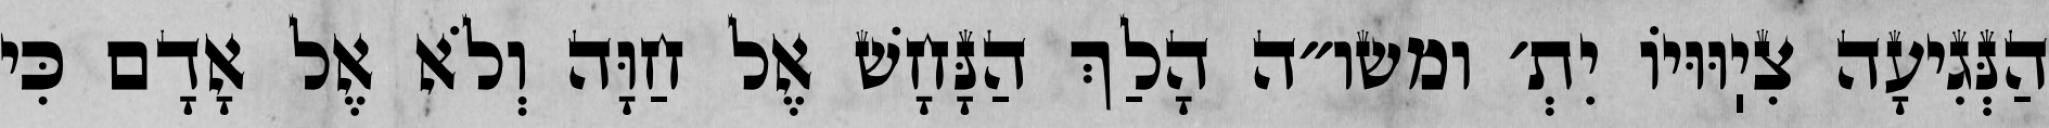
הַנְּגִיעָה צִיֽוּוּיוֹ יִתְ׳ ומשו״ה הָלַךְ הַנָּחָשׁ אֶל חַוָּה וְלֹא אֶל אָדָם כִּי